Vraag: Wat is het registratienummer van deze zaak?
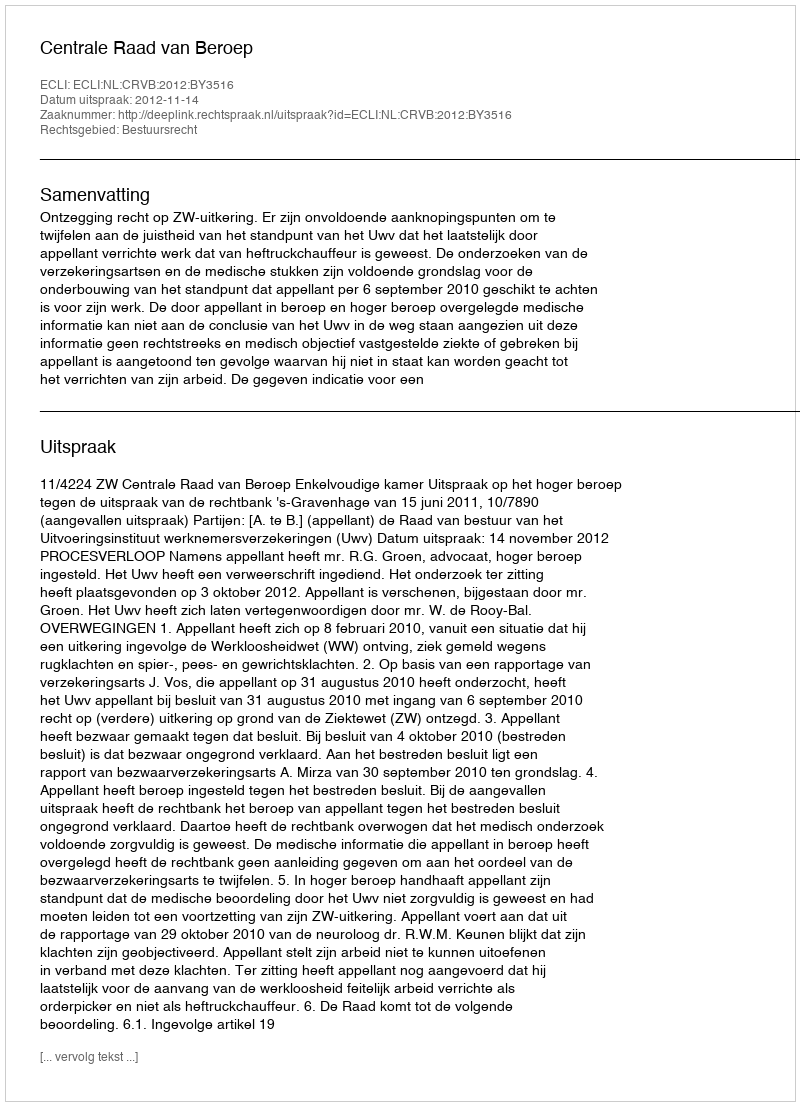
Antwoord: http://deeplink.rechtspraak.nl/uitspraak?id=ECLI:NL:CRVB:2012:BY3516